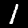
Label: 1